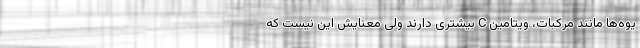
یوه‌ها مانند مرکبات، ویتامین C بیشتری دارند ولی معنایش این نیست که